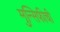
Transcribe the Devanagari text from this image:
मुन्सिफीची